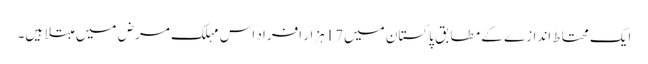
ایک محتاط اندازے کے مطابق پاکستان میں17ہزار افراد اس مہلک مرض میں مبتلا ہیں۔